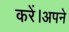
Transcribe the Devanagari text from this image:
करें।अपने